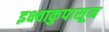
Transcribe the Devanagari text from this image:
इक्ष्वाकुपासून